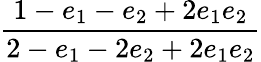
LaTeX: \displaystyle\frac{1-e_{1}-e_{2}+2e_{1}e_{2}}{2-e_{1}-2e_{2}+2e_{1}e_{2}}